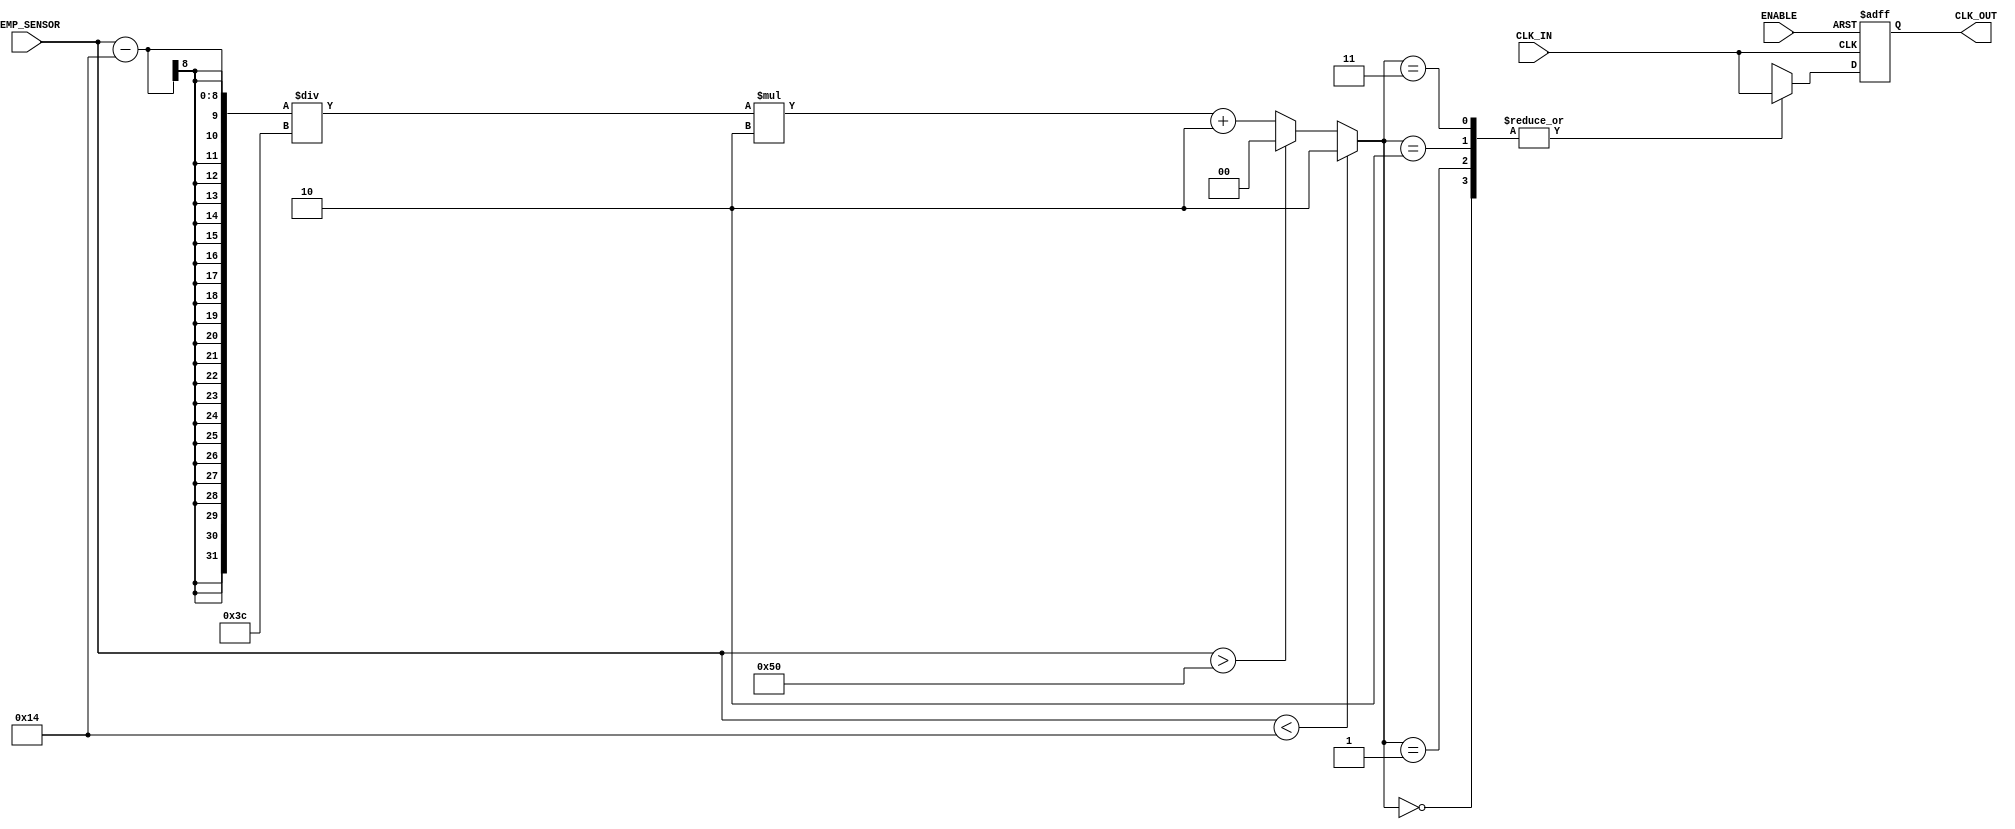
module TempCompClockBuffer (
    input wire CLK_IN,                // Clock input
    input wire [7:0] TEMP_SENSOR,     // 8-bit temperature sensor data
    input wire ENABLE,                 // Enable signal for the buffer
    output reg CLK_OUT                 // Buffered clock output
);

    // Parameters
    parameter TEMP_LOW = 8'd20;       // Example low temperature threshold
    parameter TEMP_HIGH = 8'd80;      // Example high temperature threshold
    parameter DRIVE_STRENGTH_LOW = 2; // Drive strength at low temp
    parameter DRIVE_STRENGTH_HIGH = 4;// Drive strength at high temp

    // Internal signal to control the drive strength
    reg [1:0] drive_strength;

    // Initial conditions
    initial begin
        CLK_OUT = 0;
        drive_strength = DRIVE_STRENGTH_LOW; // Set initial drive strength
    end

    // Temperature compensation logic
    always @(*) begin
        if (TEMP_SENSOR < TEMP_LOW) begin
            drive_strength = DRIVE_STRENGTH_LOW;  // Low drive strength at low temp
        end else if (TEMP_SENSOR > TEMP_HIGH) begin
            drive_strength = DRIVE_STRENGTH_HIGH; // Higher drive strength at high temp
        end else begin
            drive_strength = (TEMP_SENSOR - TEMP_LOW) / (TEMP_HIGH - TEMP_LOW) * (DRIVE_STRENGTH_HIGH - DRIVE_STRENGTH_LOW) + DRIVE_STRENGTH_LOW;
        end
    end

    // Clock buffer logic with basic delay control based on drive strength
    always @(posedge CLK_IN or negedge ENABLE) begin
        if (!ENABLE) begin
            CLK_OUT <= 0;  // Disable output when not enabled
        end else begin
            case (drive_strength)
                2'b00: CLK_OUT <= #1 CLK_IN;         // Lowest drive strength
                2'b01: CLK_OUT <= #2 CLK_IN;         // Medium drive strength
                2'b10: CLK_OUT <= #3 CLK_IN;         // Higher drive strength
                2'b11: CLK_OUT <= #4 CLK_IN;         // Highest drive strength
                default: CLK_OUT <= #2 CLK_IN;       // Default case
            endcase
        end
    end

endmodule